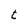
Character: t